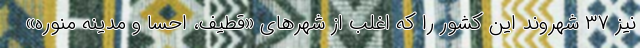
نیز ۳۷ شهروند این کشور را که اغلب از شهرهای «قطیف، احسا و مدینه منوره»